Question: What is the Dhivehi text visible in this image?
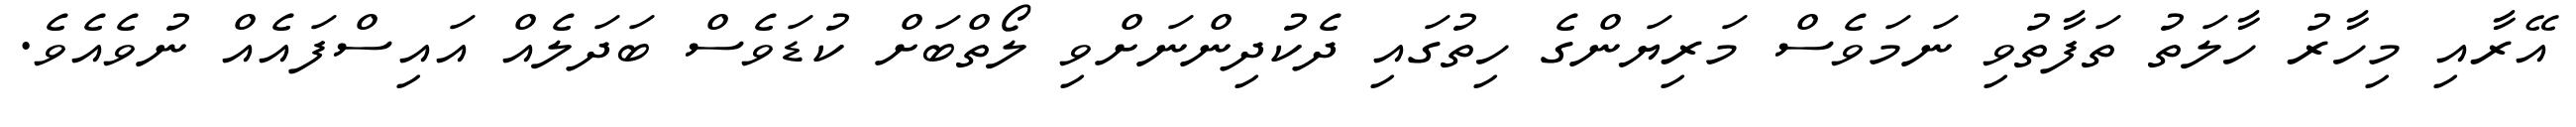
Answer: އޭރާއި މިހާރު ހާލަތު ތަފާތުވި ނަމަވެސް މަރިޔަންގެ ހިތުގައި ދެކުދިންނަށްވި ލޯތްބަށް ކުޑަވެސް ބަދަލެއް އައިސްފައެއް ނުވެއެވެ.